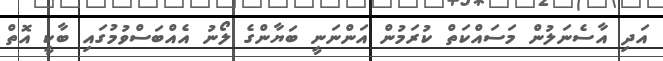
އަދި އާސެނަލުން މަސައްކަތް ކުރަމުން އަންނަނީ ބަޔާންގެ ލޯނު އެއްބަސްވުމުގައި ބާކީ އޮތް